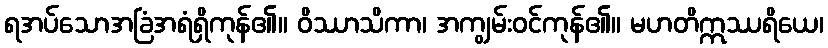
ရအပ်သောအခြံအရံရှိကုန်၏။ ဝိဿာသိကာ၊ အကျွမ်းဝင်ကုန်၏။ မဟတိဣဿရိယေ၊